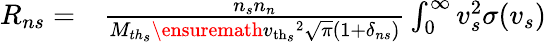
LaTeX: \begin{array}{rl}{R_{ns}=}&{{}\frac{n_{s}n_{n}}{M_{th_{s}}\ensuremath{v_{\mathrm{th}_{s}}}^{2}\sqrt{\pi}(1+\delta_{ns})}\int_{0}^{\infty}v_{s}^{2}\sigma(v_{s})}\end{array}